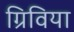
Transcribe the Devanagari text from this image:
ग्रिविया